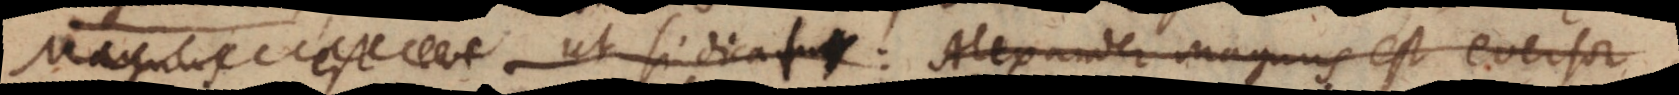
est ev ut si dicatur: Alexander magnus est eversor